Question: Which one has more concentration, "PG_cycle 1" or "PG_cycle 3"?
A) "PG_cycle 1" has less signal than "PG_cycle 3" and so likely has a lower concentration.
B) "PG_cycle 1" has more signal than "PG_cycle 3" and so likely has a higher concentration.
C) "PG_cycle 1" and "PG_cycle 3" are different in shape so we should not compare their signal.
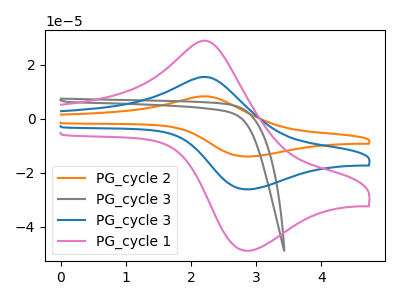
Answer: <think>The orange curve "PG_cycle 2" has an anodic peak at (2.25V, 30.60uA) and a cathodic peak at (2.85V, -52.35uA). The gray curve "PG_cycle 3" has no peaks. The blue curve "PG_cycle 3" has an anodic peak at (2.25V, 15.30uA) and a cathodic peak at (2.85V, -26.15uA). The pink curve "PG_cycle 1" has an anodic peak at (2.25V, 28.60uA) and a cathodic peak at (2.85V, -48.90uA).
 All the peaks in "PG_cycle 1" have a peak in "PG_cycle 3" at the same potential. Every peak in "PG_cycle 1" is higher than every peak in "PG_cycle 3".</think>
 <answer>B) "PG_cycle 1" has more signal than "PG_cycle 3" and so likely has a higher concentration.</answer>
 <eval>B</eval>